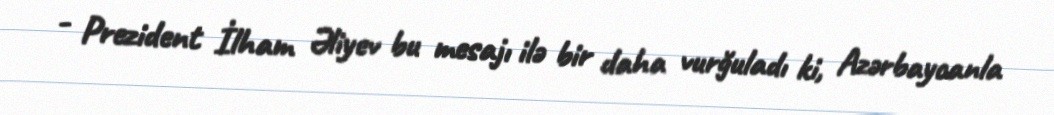
- Prezident İlham Əliyev bu mesajı ilə bir daha vurğuladı ki, Azərbaycanla